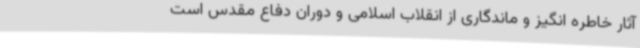
آثار خاطره انگیز و ماندگاری از انقلاب اسلامی و دوران دفاع مقدس است